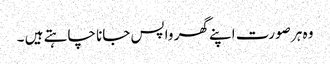
وہ ہر صورت اپنے گھر واپس جانا چاہتے ہیں ۔